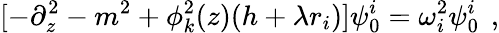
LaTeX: [-\partial_{z}^{2}-m^{2}+\phi_{k}^{2}(z)(h+\lambda r_{i})]\psi_{0}^{i}=\omega_{i}^{2}\psi_{0}^{i}\, \ ,